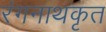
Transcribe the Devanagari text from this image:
रंगनाथकृत